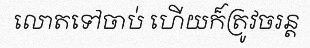
លោតទៅចាប់ ហើយក៏ត្រូវចរន្ត